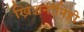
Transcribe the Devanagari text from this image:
ख्रिश्चनांनिही